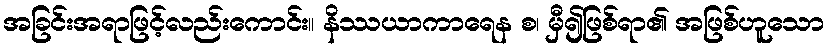
အခြင်းအရာဖြင့်လည်းကောင်း။ နိဿယာကာရေန စ၊ မှီ၍ဖြစ်ရာ၏ အဖြစ်ဟူသော